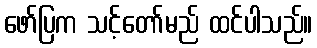
ဖော်ပြက သင့်တော်မည် ထင်ပါသည်။